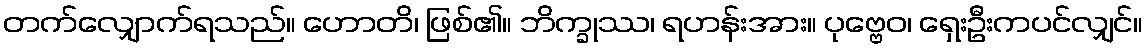
တက်လျှောက်ရသည်။ ဟောတိ၊ ဖြစ်၏။ ဘိက္ခုဿ၊ ရဟန်းအား။ ပုဗ္ဗေဝ၊ ရှေးဦးကပင်လျှင်။